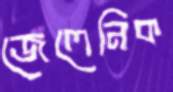
জেলেনিক